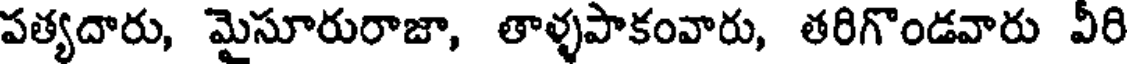
పత్యదారు, మైసూరురాజా, తాళ్ళపాకంవారు, తరిగొండవారు వీరి